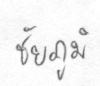
ชัยภูมิ